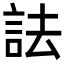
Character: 詓